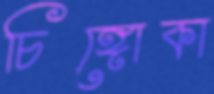
চিঙ্গোকা